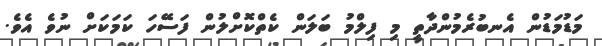
މަޑުމަޑުން އެނބުރެމުންދާތީ މި ފިލްމު ބަލަން ކެތްކޮށްލުން ފަސޭހަ ކަމަކަށް ނުވެ އެވެ.